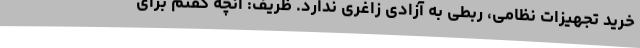
خرید تجهیزات نظامی، ربطی به آزادی زاغری ندارد. ظریف: آنچه گفتم برای